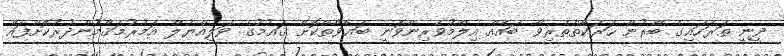
ދީނީ ތަރަހައިގެ ބޭރުން ހަރަކާތްތެރިވާ ބައެއް އިލްމުވެރިންވަނީ ބަޣާވާތްކޮށް ޤައުމުގެ ވަލިއްޔުލް އަމުރުމަޤާމުންދުރުކޮށްފައޭ